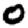
Digit: 0